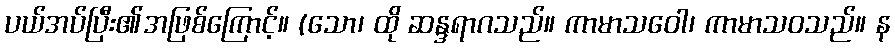
ပယ်အပ်ပြီး၏အဖြစ်ကြောင့်။ (သော၊ ထို ဆန္ဒရာဂသည်။ ကာမာသဝေါ၊ ကာမာသဝသည်။ န